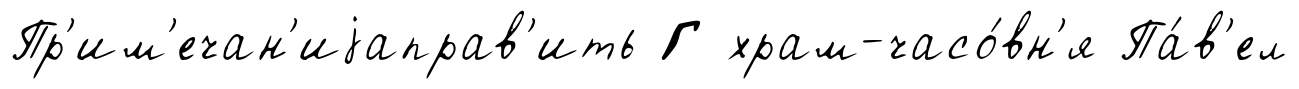
Пр'им'ечан'иjаправ'ить Г храм-часо́вн'я Па́в'ел